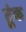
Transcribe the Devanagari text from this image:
टूंक